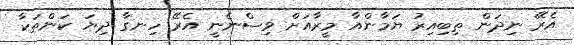
އެރޭ ނިދަން ތިބިއިރު ޔަމާންއާ މީރާއަށް ވިސްނެނީ އެރޭ ހިނގާ ދިޔަ ކަންތަކާ